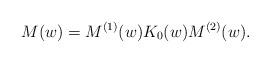
LaTeX: \begin{align*}&M(w)=M^{(1)}(w) K_0(w) M^{(2)}(w).\end{align*}